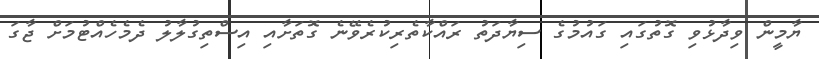
ޔާމީން ވިދާޅުވި ގޮތުގައި ގައުމުގެ ސިޔާދަތު ރައްކާތެރިކުރެވޭނެ ގޮތަށާއި އިސްތިގުލާލު ދެމެހެއްޓުމަށް ޖާގަ